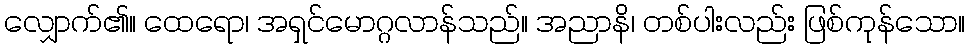
လျှောက်၏။ ထေရော၊ အရှင်မောဂ္ဂလာန်သည်။ အညာနိ၊ တစ်ပါးလည်း ဖြစ်ကုန်သော။